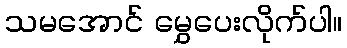
သမအောင် မွှေပေးလိုက်ပါ။